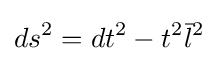
ds^{2}=dt^{2}-t^{2}{\bar {l}}^{2}